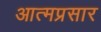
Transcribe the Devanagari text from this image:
आत्मप्रसार